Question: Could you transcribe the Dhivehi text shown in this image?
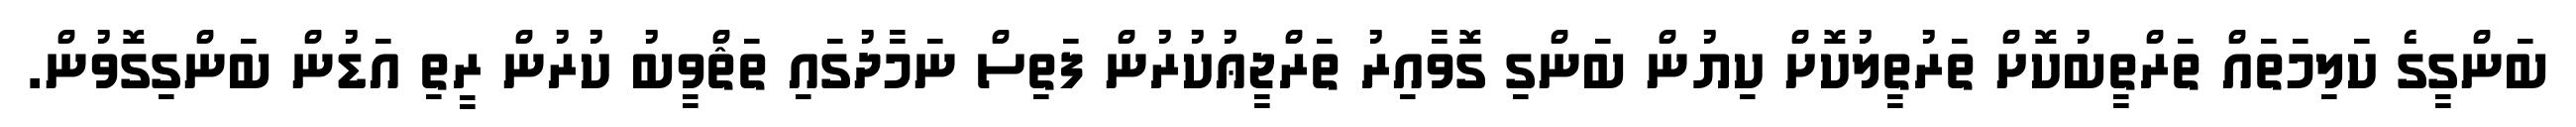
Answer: ބަންގީގެ ކަލިމަތައް ތަރްތީބުކޮށް ތަރުތީލުކޮށް ކިޔުން ބަންގި ގޮވާއިރު ތަރްޖީޢުކުރުން ފަތިސް ނަމާދުގައި ތަޘްވީބު ކުރުން ރީތި އަޑުން ބަންގިގޮވުން.